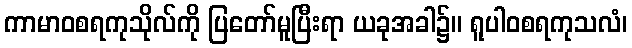
ကာမာဝစရကုသိုလ်ကို ပြတော်မူပြီးရာ ယခုအခါ၌။ ရူပါဝစရကုသလံ၊